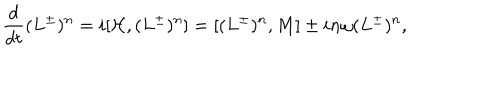
LaTeX: { \frac { d } { d t } } { ( L ^ { \pm } ) ^ { n } } = i [ { \cal H } , ( L ^ { \pm } ) ^ { n } ] = [ ( L ^ { \pm } ) ^ { n } , { M } ] \pm i n \omega ( L ^ { \pm } ) ^ { n } ,